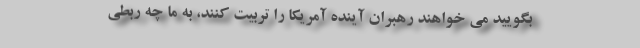
بگویید می خواهند رهبران آینده آمریکا را تربیت کنند، به ما چه ربطی